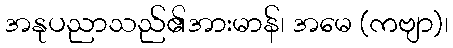
အနုပညာသည်၏အားမာန်၊ အမေ (ကဗျာ)၊